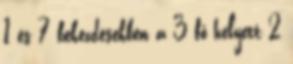
1 és 7 bekezdésekben a 3 fő helyett 2